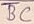
Text: BC